Lunatic asylums Bombay report 1878-1890 - 1878-1890
Year: 1878
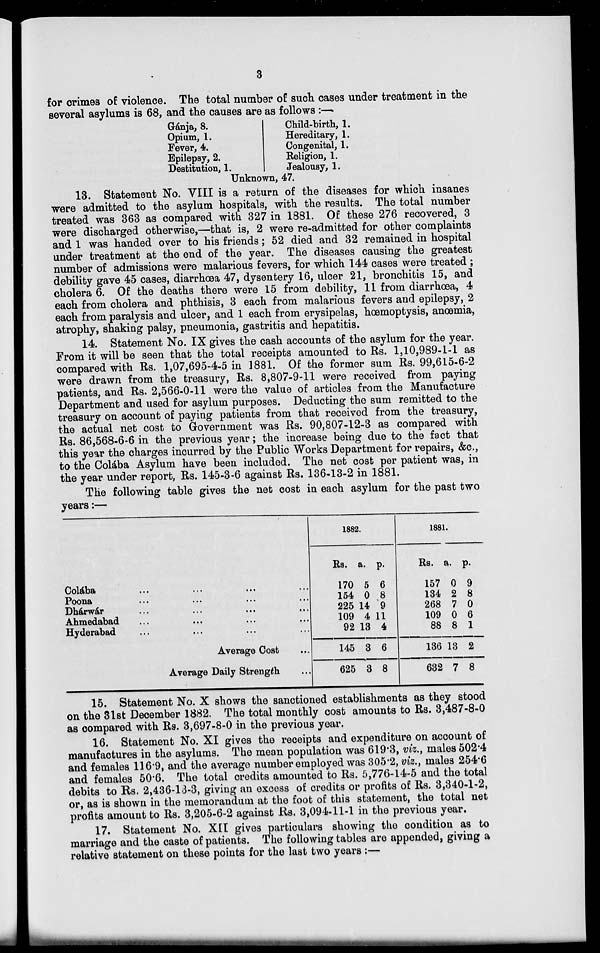
3
for crimes of violence. The total number of such cases under treatment in the
several asylums is 68, and the causes are as follows :—
Gánja, 8.
Opium, 1.
Fever, 4.
Epilepsy, 2.
Destitution, 1.
Child-birth, 1.
Hereditary, 1.
Congenital, 1.
Religion, 1.
Jealousy, 1.
Unknown, 47.
13. Statement No. VIII is a return of the diseases for which insanes
were admitted to the asylum hospitals, with the results. The total number
treated was 363 as compared with 327 in 1881. Of these 276 recovered, 3
were discharged otherwise,—that is, 2 were re-admitted for other complaints
and 1 was handed over to his friends; 52 died and 32 remained in hospital
under treatment at the end of the year. The diseases causing the greatest
number of admissions were malarious fevers, for which 144 cases were treated ;
debility gave 45 cases, diarrhoea 47, dysentery 16, ulcer 21, bronchitis 15, and
cholera 6. Of the deaths there were 15 from debility, 11 from diarrhoea, 4
each from cholera and phthisis, 3 each from malarious fevers and epilepsy, 2
each from paralysis and ulcer, and 1 each from erysipelas, hœmoptysis, anœmia,
atrophy, shaking palsy, pneumonia, gastritis and hepatitis.
14. Statement No. IX gives the cash accounts of the asylum for the year.
From it will be seen that the total receipts amounted to Rs. 1,10,989-1-1 as
compared with Rs. 1,07,695-4-5 in 1881. Of the former sum Rs. 99,615-6-2
were drawn from the treasury, Rs. 8,807-9-11 were received from paying
patients, and Rs. 2,566-0-11 were the value of articles from the Manufacture
Department and used for asylum purposes. Deducting the sum remitted to the
treasury on account of paying patients from that received from the treasury,
the actual net cost to Government was Rs. 90,807-12-3 as compared with
Rs. 86,568-6-6 in the previous year; the increase being due to the fact that
this year the charges incurred by the Public Works Department for repairs, &c.,
to the Colába Asylum have been included. The net cost per patient was, in
the year under report, Rs. 145-3-6 against Rs. 136-13-2 in 1881.
The following table gives the net cost in each asylum for the past two
years:—
Colába ... ... ... ...
Poona ... ... ... ...
Dhárwár ... ... ... ...
Ahmedabad ... ... ...
Hyderabad ... ... ...
Average Cost ...
Average Daily Strength ...
1882.
Rs.
170
154
225
109
92
145
625
a.
5
0
14
4
13
3
3
p.
6
8
9
11
4
6
8
1881.
Rs.
157
134
268
109
88
136
632
a.
0
2
7
0
8
13
7
p.
9
8
0
6
1
2
8
15. Statement No. X shows the sanctioned establishments as they stood
on the 31st December 1882. The total monthly cost amounts to Rs. 3,487-8-0
as compared with Rs. 3,697-8-0 in the previous year.
16. Statement No. XI gives the receipts and expenditure on account of
manufactures in the asylums. The mean population was 619.3, viz., males 502.4
and females 116.9, and the average number employed was 305.2, viz., males 254.6
and females 50.6. The total credits amounted to Rs. 5,776-14-5 and the total
debits to Rs. 2,436-13-3, giving an excess of credits or profits of Rs. 3,340-1-2,
or, as is shown in the memorandum at the foot of this statement, the total net
profits amount to Rs. 3,205-6-2 against Rs. 3,094-11-1 in the previous year.
17. Statement No. XII gives particulars showing the condition as to
marriage and the caste of patients. The following tables are appended, giving a
relative statement on these points for the last two years :—